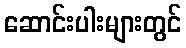
ဆောင်းပါးများတွင်